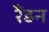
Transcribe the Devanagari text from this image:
रैंडन